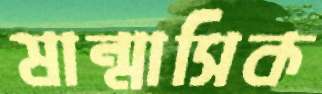
ষান্মাসিক